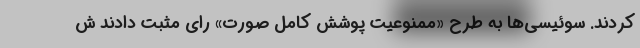
کردند. سوئیسی‌ها به طرح «ممنوعیت پوشش کامل صورت» رای مثبت دادند ش